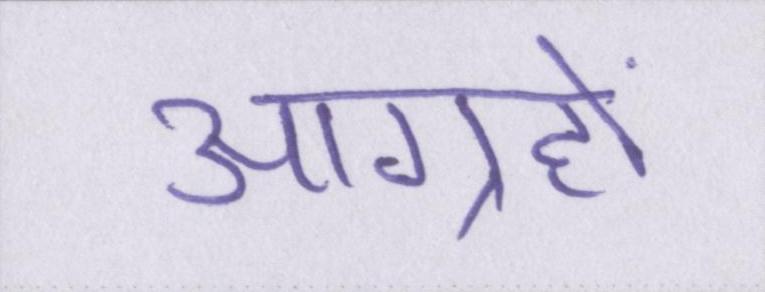
आग्रहों